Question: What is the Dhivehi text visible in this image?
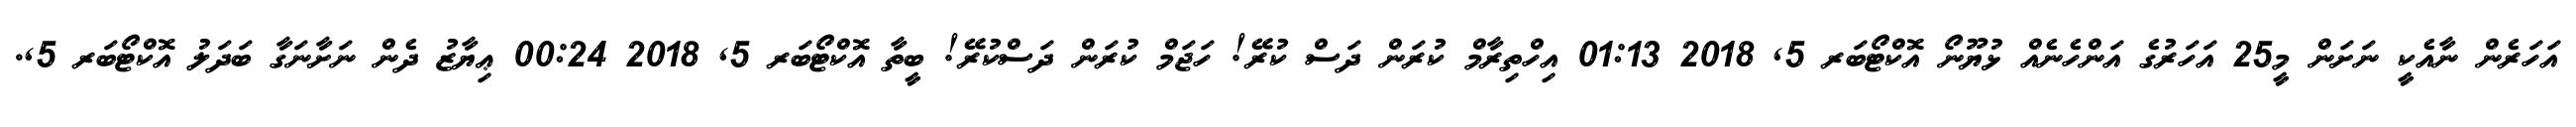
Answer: އަހަރެން ނާއެކީ ނަށަން މީ25 އަހަރުގެ އަންހެނެއް ޅުޔޫނޯ އޮކްޓޯބަރ 5, 2018 01:13 އިހްތިރާމް ކުރަން ދަސް ކުރޭ! ހަޖަމް ކުރަން ދަސްކުރޭ! ބީތާ އޮކްޓޯބަރ 5, 2018 00:24 ޢިޔާޒު ދެން ނަށާނަގާ ބަދަލު އޮކްޓޯބަރ 5,.